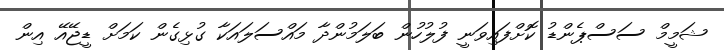
ޝަމީމް ސަސްޕެންޑު ކޮށްފައިވަނީ ފުލުހުން ބަލަމުންދާ މައްސަލައަކާ ގުޅިގެން ކަމަށް ޑީޖޭއޭ އިން